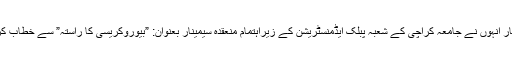
ان خیالا کا اظہار انہوں نے جامعہ کراچی کے شعبہ پبلک ایڈمنسٹریشن کے زیراہتمام منعقدہ سیمینار بعنوان: ”بیوروکریسی کا راستہ” سے خطاب کرتے ہوئے کیا۔